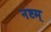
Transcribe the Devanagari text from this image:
नष्टम्